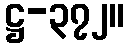
ဋ္ဌ-၃၇၂။